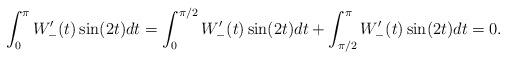
LaTeX: \begin{align*}\int_0^\pi W_{-}'(t) \sin(2t)dt=\int_0^{\pi/2} W_{-}'(t) \sin(2t)dt+\int_{\pi/2}^\pi W_{-}'(t) \sin(2t)dt=0.\end{align*}